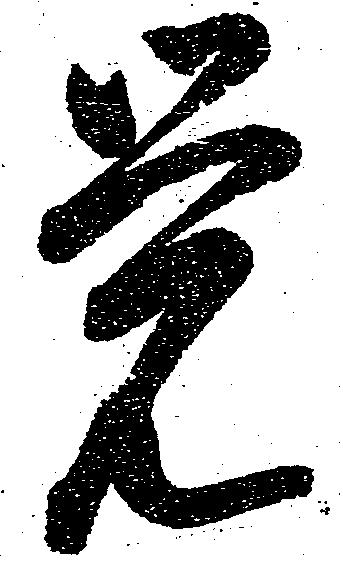
覚